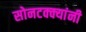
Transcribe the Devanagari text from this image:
सोनटक्क्यांनी